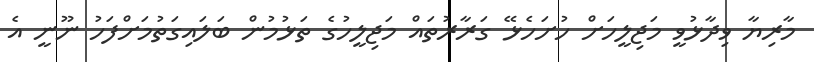
މާރިޔާ ވިދާޅުވީ މަޖިލީހަށް ހުށަހެޅޭ ގަރާރުތައް މަޖިލީހުގެ ތަޅުމުން ބަލައިގަތުމަށްފަހު ނޫނީ އެ